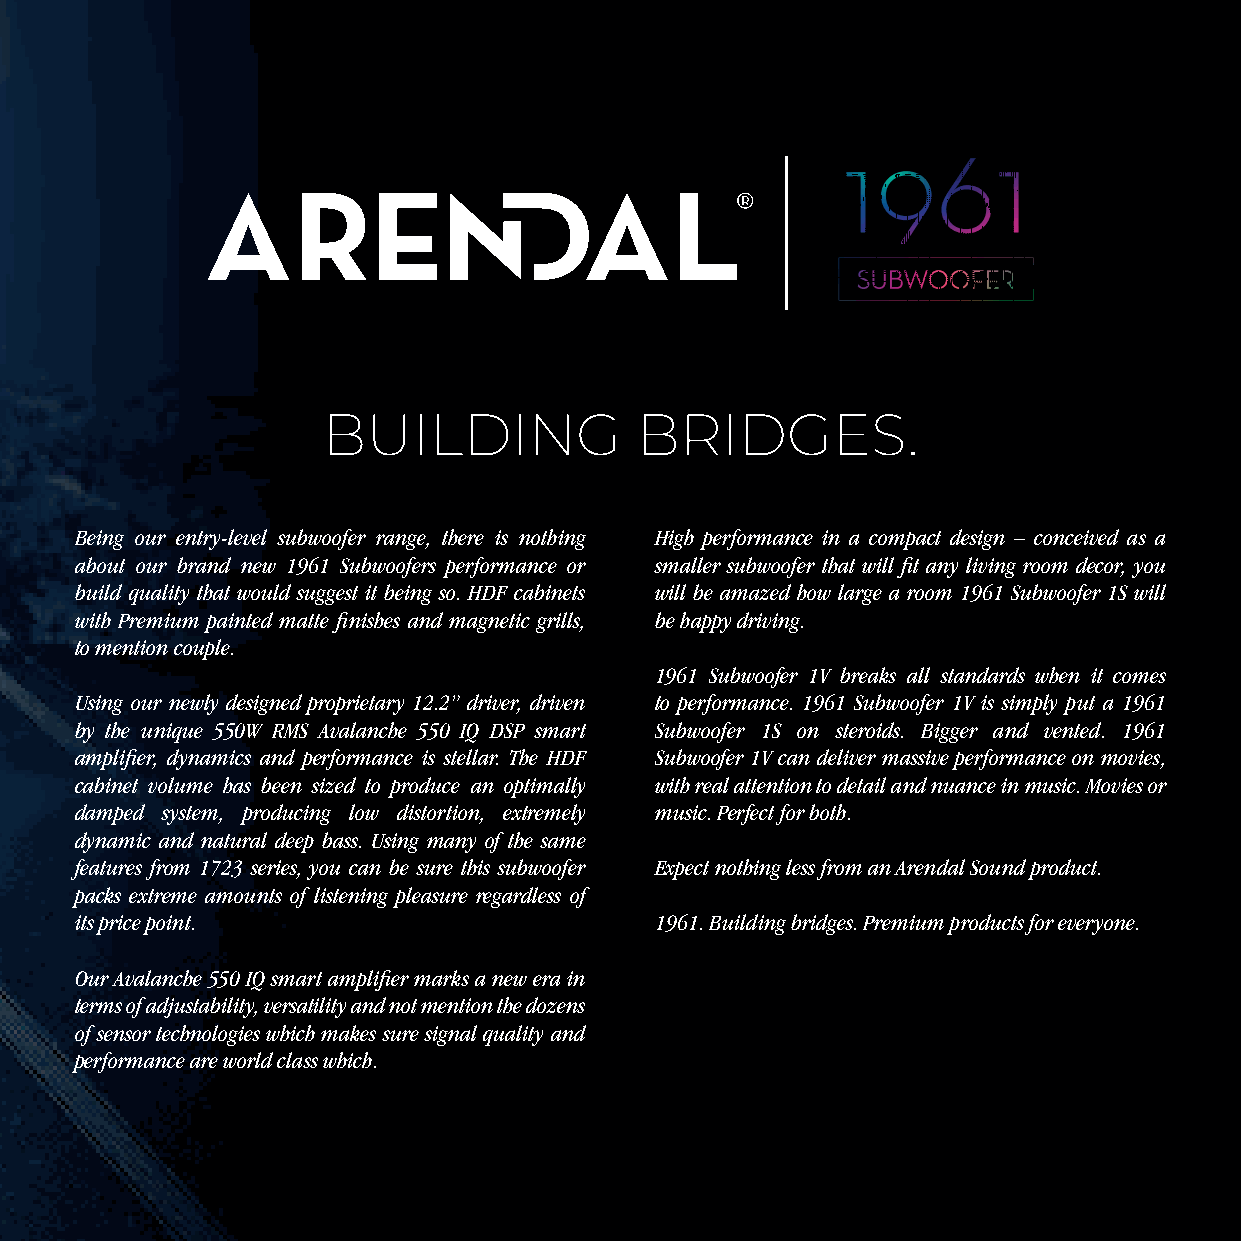
BUILDING             BRIDGES.
 Being our entry-level subwoofer range, there is nothing High performance in a compact design – conceived as a
 about our brand new 1961 Subwoofers performance or smaller subwoofer that will fi t any living room decor, you
 build quality that would suggest it being so. HDF cabinets will be amazed how large a room 1961 Subwoofer 1S will
 with Premium painted matte fi nishes and magnetic grills, be happy driving.
 to mention couple.
 1961 Subwoofer 1V breaks all standards when it comes
 Using our newly designed proprietary 12.2” driver, driven to performance. 1961 Subwoofer 1V is simply put a 1961
 by the unique 550W RMS Avalanche 550 IQ DSP smart Subwoofer 1S on steroids. Bigger and vented. 1961
 amplifi er, dynamics and performance is stellar. The HDF Subwoofer 1V can deliver massive performance on movies,
 cabinet volume has been sized to produce an optimally with real attention to detail and nuance in music. Movies or
 damped system, producing low distortion, extremely music. Perfect for both.
 dynamic and natural deep bass. Using many of the same
 features from 1723 series, you can be sure this subwoofer Expect nothing less from an Arendal Sound product.
 packs extreme amounts of listening pleasure regardless of
 its price point.                      1961. Building bridges. Premium products for everyone.
 Our Avalanche 550 IQ smart amplifi er marks a new era in
 terms of adjustability, versatility and not mention the dozens
 of sensor technologies which makes sure signal quality and
 performance are world class which.